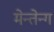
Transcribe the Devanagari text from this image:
मेन्तेन्ग